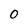
Character: O